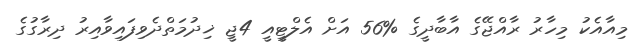
މިއާއެކު މިހާރު ރާއްޖޭގެ އާބާދީގެ %56 އަށް އެލްޓީއީ 4ޖީ ޚިދުމަތްދެވިފައިވާއިރު ދިރާގުގެ